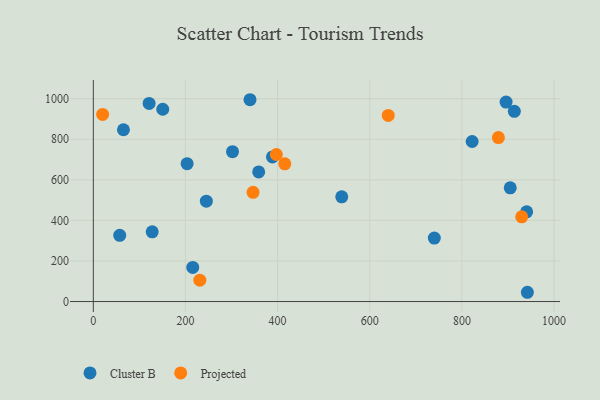
{"axis": {"x": "Study Hours", "y": "Fuel Efficiency"}, "legend": ["Cluster B", "Projected"], "data": [{"x": "65.4", "y": 847.0, "type": "Cluster B"}, {"x": "150.7", "y": 948.1, "type": "Cluster B"}, {"x": "215.8", "y": 168.3, "type": "Cluster B"}, {"x": "539.2", "y": 516.3, "type": "Cluster B"}, {"x": "245.3", "y": 495.1, "type": "Cluster B"}, {"x": "940.5", "y": 442.5, "type": "Cluster B"}, {"x": "740.1", "y": 312.9, "type": "Cluster B"}, {"x": "904.9", "y": 560.5, "type": "Cluster B"}, {"x": "121.1", "y": 976.9, "type": "Cluster B"}, {"x": "203.6", "y": 679.8, "type": "Cluster B"}, {"x": "358.9", "y": 638.9, "type": "Cluster B"}, {"x": "57.3", "y": 326.5, "type": "Cluster B"}, {"x": "127.8", "y": 343.8, "type": "Cluster B"}, {"x": "822.2", "y": 789.2, "type": "Cluster B"}, {"x": "895.9", "y": 983.6, "type": "Cluster B"}, {"x": "302.1", "y": 738.8, "type": "Cluster B"}, {"x": "340.1", "y": 995.1, "type": "Cluster B"}, {"x": "913.8", "y": 938.0, "type": "Cluster B"}, {"x": "388.8", "y": 713.0, "type": "Cluster B"}, {"x": "942.1", "y": 45.7, "type": "Cluster B"}, {"x": "397.3", "y": 725.1, "type": "Projected"}, {"x": "640.1", "y": 917.5, "type": "Projected"}, {"x": "415.6", "y": 678.9, "type": "Projected"}, {"x": "879.2", "y": 808.4, "type": "Projected"}, {"x": "346.7", "y": 538.5, "type": "Projected"}, {"x": "231.2", "y": 105.4, "type": "Projected"}, {"x": "20.2", "y": 922.5, "type": "Projected"}, {"x": "929.8", "y": 417.7, "type": "Projected"}]}